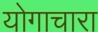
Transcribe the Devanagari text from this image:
योगाचारा